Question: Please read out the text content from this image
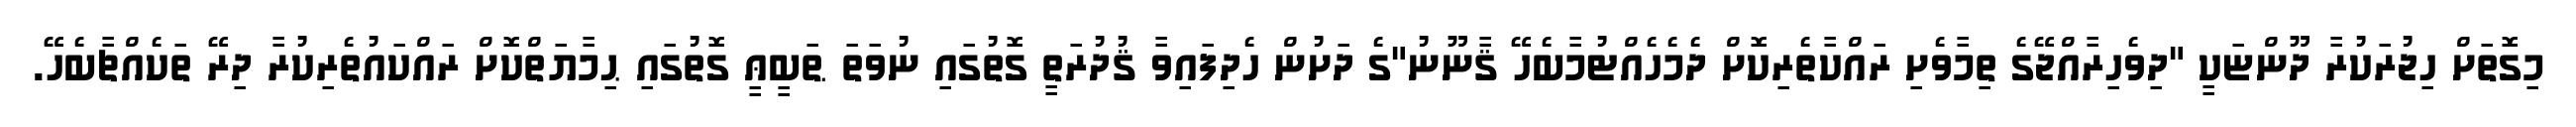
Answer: މިގޮތަށް ހިޖުރަކުރާ ދޫންޏަކީ "ދިވެހިރާއްޖޭގެ ތިމާވެށި ރައްކާތެރިކޮށް ދެމެހެއްޓުމާބެހޭ ޤާނޫނު"ގެ ދަށުން ހެދިފައިވާ ޤުދުރަތީ ގޮތުގައި ނުވަތަ ޠަބީޢީ ގޮތުގައި ޙިމާޔަތްކޮށް ރައްކައުތެރިކުރާ ދިރޭ ތަކެއްޗާބެހޭ.